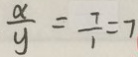
\frac { x } { y } = \frac { 7 } { 1 } = 7